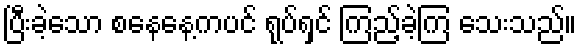
ပြီးခဲ့သော စနေနေ့ကပင် ရုပ်ရှင် ကြည့်ခဲ့ကြ သေးသည်။